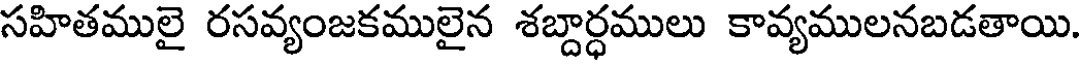
సహితములై రసవ్యంజకములైన శబ్దార్ధములు కావ్యములనబడతాయి.